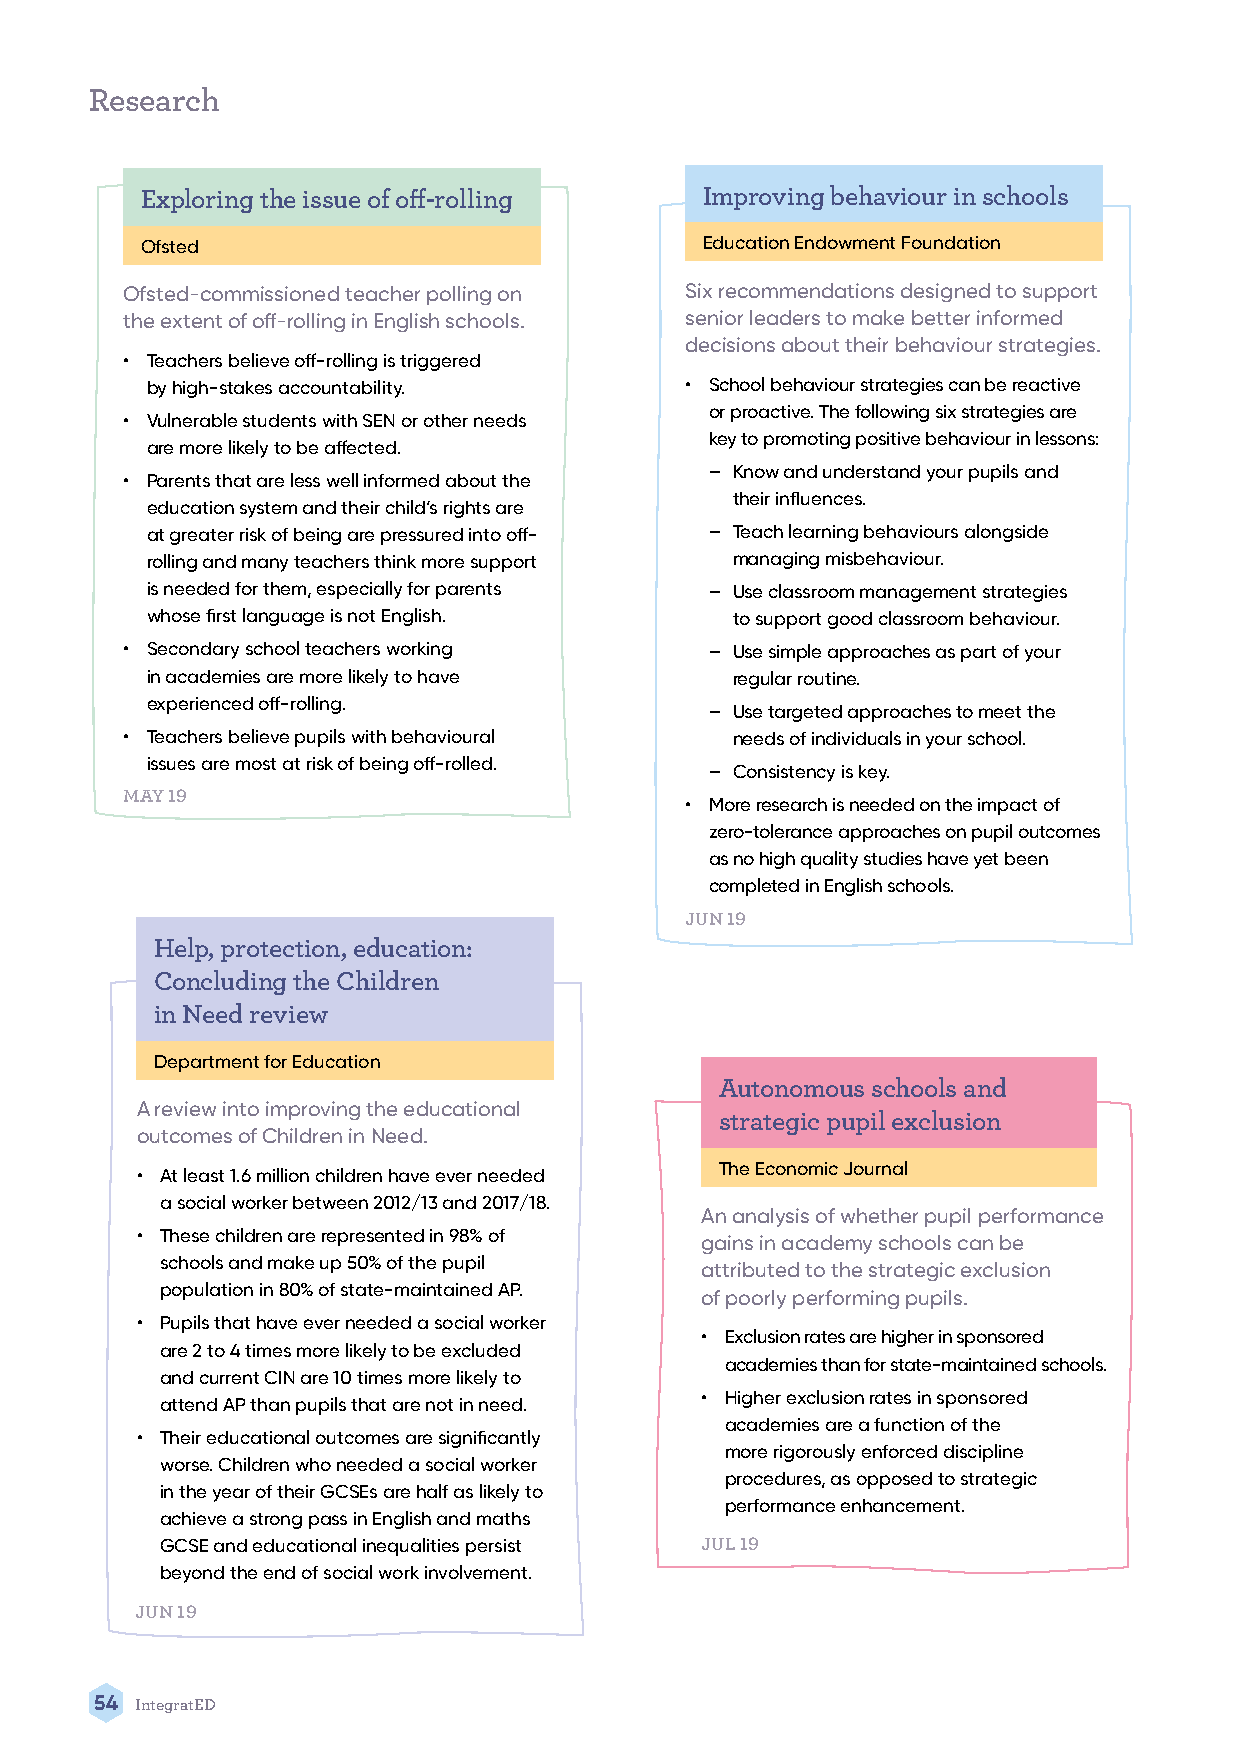
Research
 Exploring the issue of off-rolling    Improving behaviour in schools
 Ofsted                                Education Endowment Foundation
 Ofsted-commissioned teacher polling on Six recommendations designed to support
 the extent of off-rolling in English schools. senior leaders to make better informed
 decisions about their behaviour strategies.
 • Teachers believe off-rolling is triggered
 by high-stakes accountability.     • School behaviour strategies can be reactive
 or proactive. The following six strategies are
 • Vulnerable students with SEN or other needs
 key to promoting positive behaviour in lessons:
 are more likely to be affected.
 – Know and understand your pupils and
 • Parents that are less well informed about the
 their influences.
 education system and their child’s rights are
 at greater risk of being are pressured into off- – Teach learning behaviours alongside
 rolling and many teachers think more support managing misbehaviour.
 is needed for them, especially for parents – Use classroom management strategies
 whose first language is not English.  to support good classroom behaviour.
 • Secondary school teachers working    – Use simple approaches as part of your
 in academies are more likely to have  regular routine.
 experienced off-rolling.
 – Use targeted approaches to meet the
 • Teachers believe pupils with behavioural needs of individuals in your school.
 issues are most at risk of being off-rolled.
 – Consistency is key.
 MAY 19
 • More research is needed on the impact of
 zero-tolerance approaches on pupil outcomes
 as no high quality studies have yet been
 completed in English schools.
 JUN 19
 Help, protection, education:
 Concluding the Children
 in Need review
 Department for Education
 Autonomous schools and
 A review into improving the educational
 strategic pupil exclusion
 outcomes of Children in Need.
 The Economic Journal
 • At least 1.6 million children have ever needed
 a social worker between 2012/13 and 2017/18.
 An analysis of whether pupil performance
 • These children are represented in 98% of
 gains in academy schools can be
 schools and make up 50% of the pupil
 attributed to the strategic exclusion
 population in 80% of state-maintained AP.
 of poorly performing pupils.
 • Pupils that have ever needed a social worker
 • Exclusion rates are higher in sponsored
 are 2 to 4 times more likely to be excluded
 academies than for state-maintained schools.
 and current CIN are 10 times more likely to
 • Higher exclusion rates in sponsored
 attend AP than pupils that are not in need.
 academies are a function of the
 • Their educational outcomes are significantly
 more rigorously enforced discipline
 worse. Children who needed a social worker
 procedures, as opposed to strategic
 in the year of their GCSEs are half as likely to
 performance enhancement.
 achieve a strong pass in English and maths
 GCSE and educational inequalities persist JUL 19
 beyond the end of social work involvement.
 JUN 19
 54 IntegratED